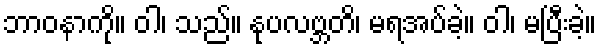
ဘာဝနာကို။ ဝါ၊ သည်။ နုပလဗ္ဘတိ၊ မရအပ်ခဲ့။ ဝါ၊ မပြီးခဲ့။